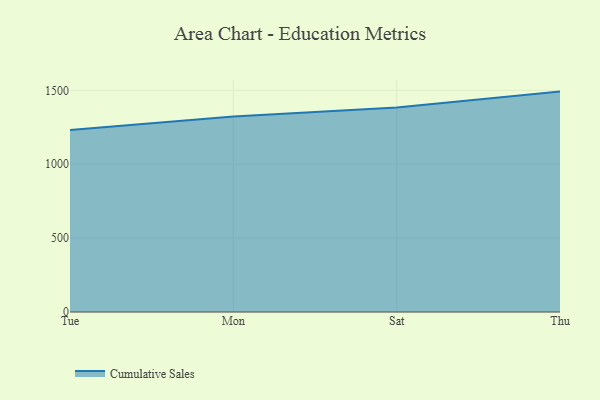
{"axis": {"x": "Day", "y": "Latency (ms)"}, "legend": ["Cumulative Sales"], "data": [{"x": "Tue", "y": 1231.4, "type": "Cumulative Sales"}, {"x": "Mon", "y": 1322.1, "type": "Cumulative Sales"}, {"x": "Sat", "y": 1384.4, "type": "Cumulative Sales"}, {"x": "Thu", "y": 1491.3, "type": "Cumulative Sales"}]}